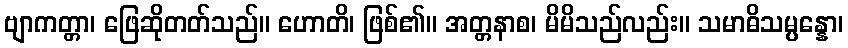
ဗျာကတ္တာ၊ ဖြေဆိုတတ်သည်။ ဟောတိ၊ ဖြစ်၏။ အတ္တနာစ၊ မိမိသည်လည်း။ သမာဓိသမ္ပန္နော၊